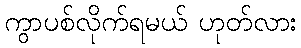
ကွာပစ်လိုက်ရမယ် ဟုတ်လား